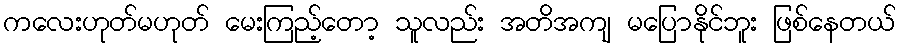
ကလေးဟုတ်မဟုတ် မေးကြည့်တော့ သူလည်း အတိအကျ မပြောနိုင်ဘူး ဖြစ်နေတယ်